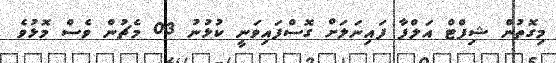
މިގޮތުން ޝިފްޓް އަލްފާ ފައިނަލަށް ގޮސްފައިވަނީ ކުޅުނު 03 މެޗުން ވެސް މޮޅުވެ